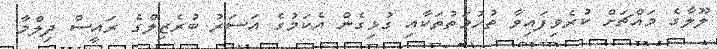
ލޫލާގެ މައްޗަށް ކުރެވިފައިވާ ތުހުމަތުތަކާއި ގުޅިގެން އެކަމުގެ އަސަރު ބުރެޒިލްގެ ރައީސް ދިލްމާ